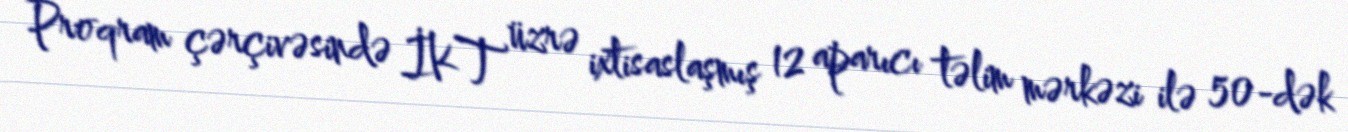
Proqram çərçivəsində İKT üzrə ixtisaslaşmış 12 aparıcı təlim mərkəzi ilə 50-dək